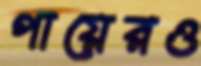
পায়েরও